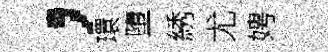
，環墮綉尤娉